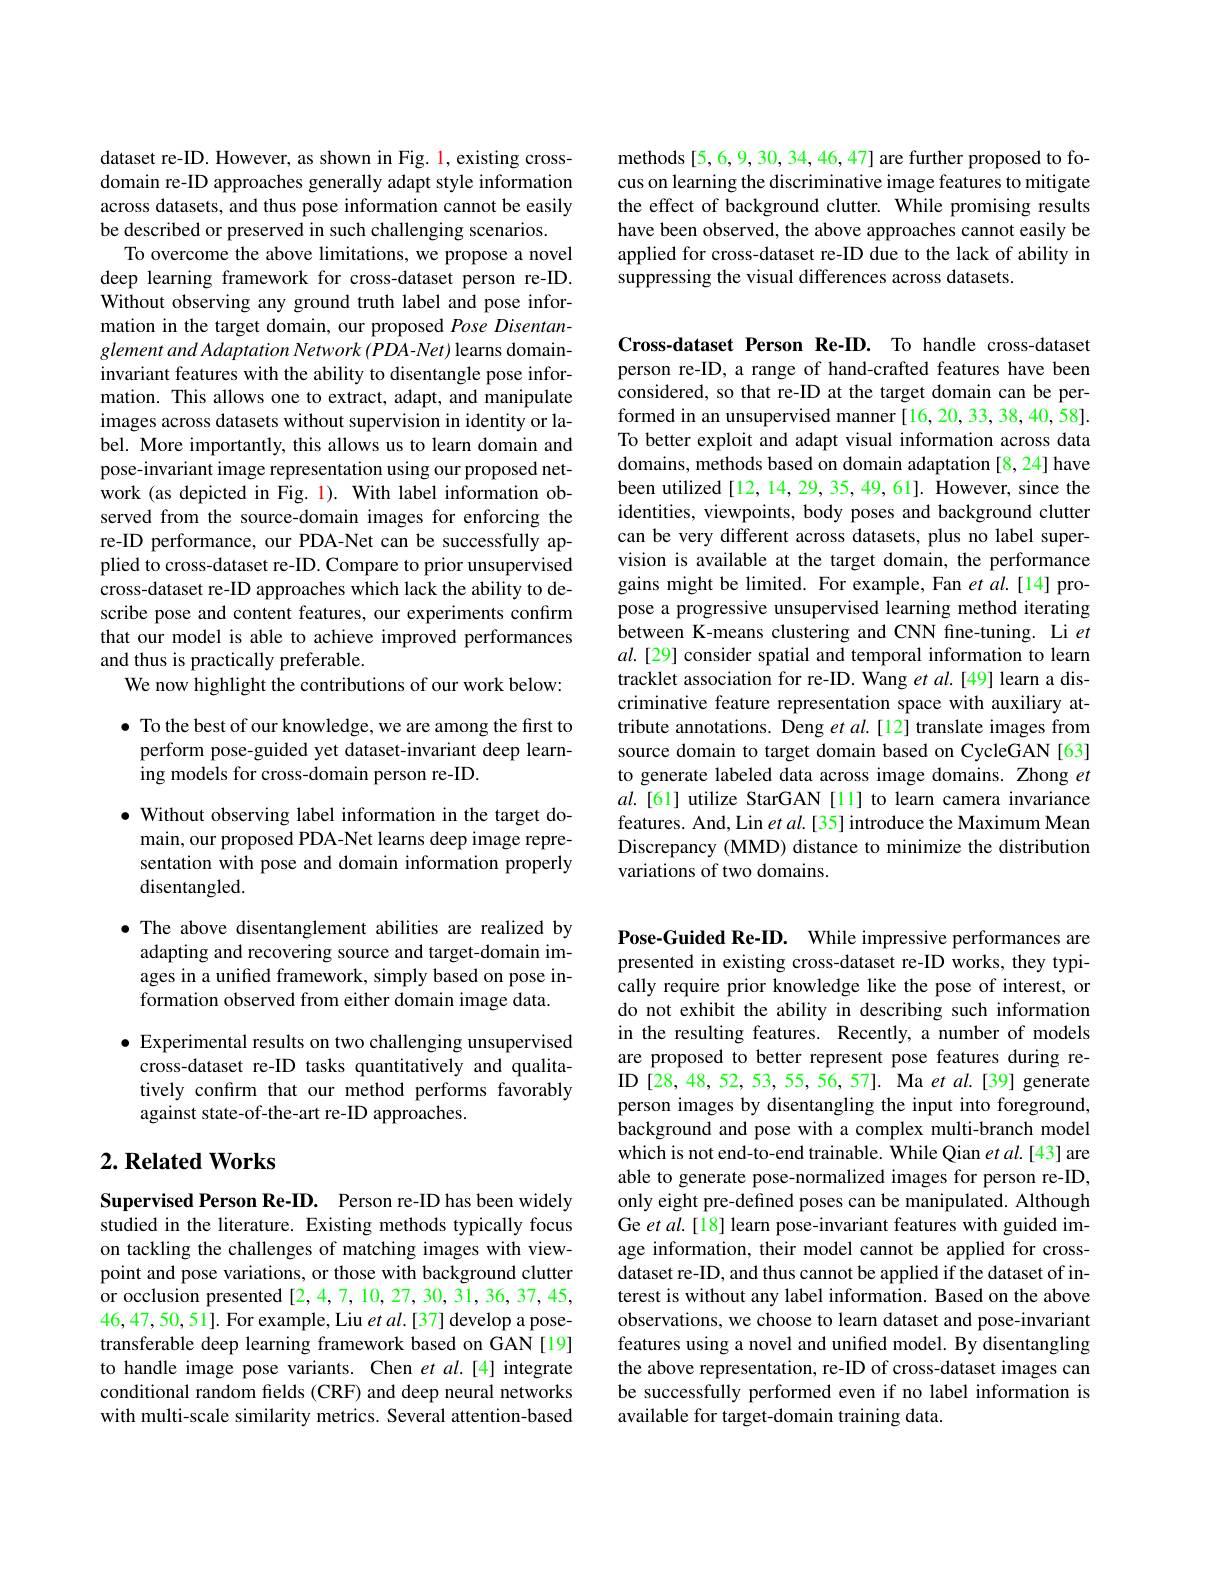
methods [5,6,9,30,34,46,47] are further proposed to focus on learning the discriminative image features to mitigate the effect of background clutter. While promising results have been observed, the above approaches cannot easily be applied for cross-dataset re-ID due to the lack of ability in suppressing the visual differences across datasets.

dataset re-ID. However, as shown in Fig. 1, existing crossdomain re-ID approaches generally adapt style information across datasets, and thus pose information cannot be easily be described or preserved in such challenging scenarios
To overcome the above limitations, we propose a novel deep learning framework for cross-dataset person re-ID. Without observing any ground truth label and pose information in the target domain, our proposed Pose Disentanglement and Adaptation Network (PDA-Net) learns domaininvariant features with the ability to disentangle pose information. This allows one to extract, adapt, and manipulate images across datasets without supervision in identity or label. More importantly, this allows us to learn domain and pose-invariant image representation using our proposed network (as depicted in Fig. 1). With label information observed from the source-domain images for enforcing the re-ID performance, our PDA-Net can be successfully applied to cross-dataset re-ID. Compare to prior unsupervised cross-dataset re-ID approaches which lack the ability to describe pose and content features, our experiments confirm that our model is able to achieve improved performances and thus is practically preferable.
We now highlight the contributions of our work below:

$\bullet$ To the best of our knowledge, we are among the first to
perform pose-guided yet dataset-invariant deep learn-
ing models for cross-domain person re-ID.

$\bullet$ Without observing label information in the target domain, our proposed PDA-Net learns deep image representation with pose and domain information properly disentangled.

$\bullet$ The above disentanglement abilities are realized by adapting and recovering source and target-domain images in a unified framework, simply based on pose information observed from either domain image data.

$\bullet$ Experimental results on two challenging unsupervised
cross-dataset re-ID tasks quantitatively and qualitatively confirm that our method performs favorably against state-of-the-art re-ID approaches.

### $2. \textbf{Related Works}$

Supervised Person Re-ID. Person re-ID has been widely studied in the literature. Existing methods typically focus on tackling the challenges of matching images with viewpoint and pose variations, or those with background clutter or occlusion presented [2,4,7,10,27,30,31,36,37,45, 46,47,50,51]. For example, Liu $etal.[37]$ develop a posetransferable deep learning framework based on GAN[19] to handle image pose variants. Chen $etal.[4]$ integrate conditional random felds (CRF) and deep neural networks with multi-scale similarity metrics. Several attention-based

Cross-dataset Person Re-ID. To handle cross-dataset person re-ID, a range of hand-crafted features have been considered, so that re-ID at the target domain can be performed in an unsupervised manner [16,20,33,38,40,58]. To better exploit and adapt visual information across data domains, methods based on domain adaptation [8, 24] have been utilized [12,14,29,35,49,61]. However, since the identities, viewpoints, body poses and background clutter can be very different across datasets, plus no label supervision is available at the target domain, the performance gains might be limited. For example, Fan et al.[14] propose a progressive unsupervised learning method iterating between K-means clustering and CNN fine-tuning. Li $et$ $al.[29]$ consider spatial and temporal information to learn tracklet association for re-ID. Wang $et\textit{al. [ 49] learn a dis- }$ criminative feature representation space with auxiliary attribute annotations. Deng et $al.[12]$ translate images from source domain to target domain based on CycleGAN [63] to generate labeled data across image domains. Zhong $et$ $al.[61]$ utilize StarGAN [ll] to learn camera invariance features. And, Lin et al. [35] introduce the Maximum Mean Discrepancy (MMD) distance to minimize the distribution variations of two domains.

Pose-Guided Re-ID. While impressive performances are presented in existing cross-dataset re-ID works, they typically require prior knowledge like the pose of interest, or do not exhibit the ability in describing such information in the resulting features. Recently, a number of models are proposed to better represent pose features during reID [28,48,52,53,55,56,57]. Ma et al.[39] generate person images by disentangling the input into foreground, background and pose with a complex multi-branch model which is not end-to-end trainable. While Qian et al.[43] are able to generate pose-normalized images for person re-ID, only eight pre-defined poses can be manipulated. Although Ge et al.[18] learn pose-invariant features with guided image information, their model cannot be applied for crossdataset re-ID, and thus cannot be applied if the dataset of interest is without any label information. Based on the above observations, we choose to learn dataset and pose-invariant features using a novel and unified model. By disentangling the above representation, re-ID of cross-dataset images can be successfully performed even if no label information is available for target-domain training data.